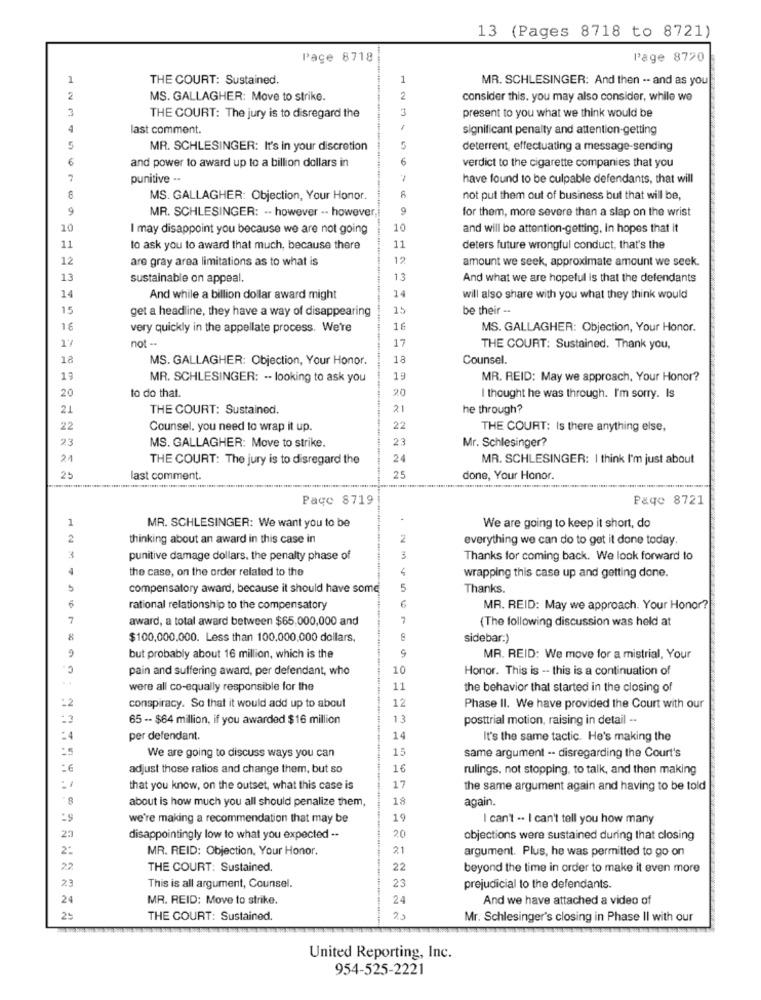
13 (Pages 8718 to 8721)
Pace 8718
Page 8720
1
THE COURT: Sustained.
1
MR. SCHLESINGER: And then -- and as you
2
MS. GALLAGHER: Move to strike.
2
consider this. you may also consider, while we
3
3
present to you what we think would be
THE COURT: The jury is to disregard the
last comment.
significant penalty and attention-getting
5
MR. SCHLESINGER: It's in your discretion
5
deterrent, effectuating a message-sending
6
and power to award up to a billion dollars in
6
verdict to the cigarette companies that you
punitive ..
have found to be culpable defendants, that will
MS. GALLAGHER: Objection, Your Honor.
not put them out of business but that will be,
9
MR. SCHLESINGER: -. however -- however,
9
for them, more severe than a slap on the wrist
10
I may disappoint you because we are not going
10
and will be attention-getting. in hopes that it
11
to ask you to award that much, because there
11
deters future wrongful conduct, that's the
12
are gray area limitations as to what is
12
amount we seek, approximate amount we seek.
13
sustainable on appeal.
13
And what we are hopeful is that the defendants
14
14
And while a billion dollar award might
will also share with you what they think would
15
get a headline, they have a way of disappearing
15
be their --
16
very quickly in the appellate process. We're
16
MS. GALLAGHER: Objection, Your Honor.
not --
17
17
THE COURT: Sustained. Thank you,
18
MS. GALLAGHER: Objection, Your Honor.
18
Counsel.
19
MR. SCHLESINGER: -. looking to ask you
19
MR. REID: May we approach, Your Honor?
20
to do that.
20
I thought he was through. I'm sorry. Is
21
THE COURT: Sustained.
21
he through?
22
Counsel, you need to wrap it up.
22
THE COURT: Is there anything else,
23
23
Mr. Schlesinger?
MS. GALLAGHER: Move to strike.
21
THE COURT: The jury is to disregard the
24
MR. SCHLESINGER: I think I'm just about
25
last comment.
25
done, Your Honor.
Page 8719
Page 8721
MR. SCHLESINGER: We want you to be
We are going to keep it short, do
2
thinking about an award in this case in
2
everything we can do to get it done today.
3
punitive damage dollars. the penalty phase of
Thanks for coming back. We look forward to
4
the case, on the order related to the
4
wrapping this case up and getting done.
compensatory award, because it should have some
5
Thanks.
rational relationship to the compensatory
MR. REID: May we approach. Your Honor?
7
award, a total award between $65,000,000 and
7
(The following discussion was held at
8
$100,000.000. Less than 100,000,000 dollars.
sidebar.)
9
but probably about 16 million, which is the
MR. REID: We move for a mistrial, Your
pain and suffering award, per defendant, who
10
Honor. This is -- this is a continuation of
were all co-equally responsible for the
11
the behavior that started in the closing of
:2
12
conspiracy. So that it would add up to about
Phase II. We have provided the Court with our
65 -- $64 million, if you awarded $16 million
13
posttrial motion, raising in detail ..
*4
per defendant.
14
It's the same tactic. He's making the
15
same argument -- disregarding the Court's
We are going to discuss ways you can
adjust those ratios and change them, but so
16
rulings. not stopping, to talk, and then making
8.
that you know, on the outset, what this case is
17
the same argument again and having to be told
about is how much you all should penalize them,
18.
again.
we're making a recommendation that may be
19
I can't -. I can't tell you how many
23
disappointingly low to what you expected ..
20
objections were sustained during that closing
2:
MR. REID: Objection, Your Honor.
21
argument. Plus, he was permitted to go on
22
THE COURT: Sustained.
22
beyond the time in order to make it even more
23
23
This is all argument, Counsel.
prejudicial to the defendants.
24
MR. REID: Move to strike.
24
And we have attached a video of
25
THE COURT: Sustained.
Mr. Schlesinger's closing in Phase II with our
United Reporting, Inc.
954-525-2221